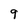
Character: 9